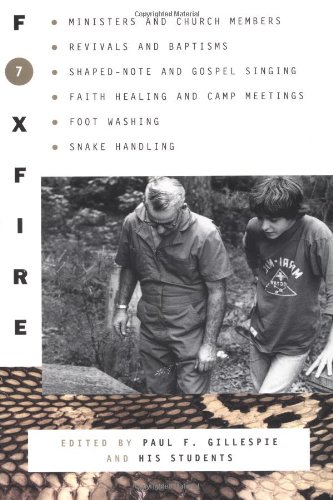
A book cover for Foxfire 7; Politics & Social Sciences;